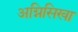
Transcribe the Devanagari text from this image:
अग्निसिखा